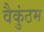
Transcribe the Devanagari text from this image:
वैकुंठम